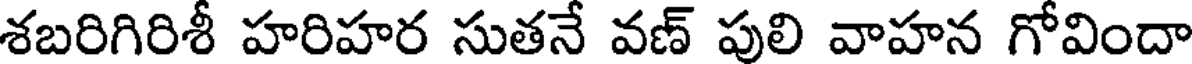
శబరిగిరిశీ హరిహర సుతనే వణ్ పులి వాహన గోవిందా